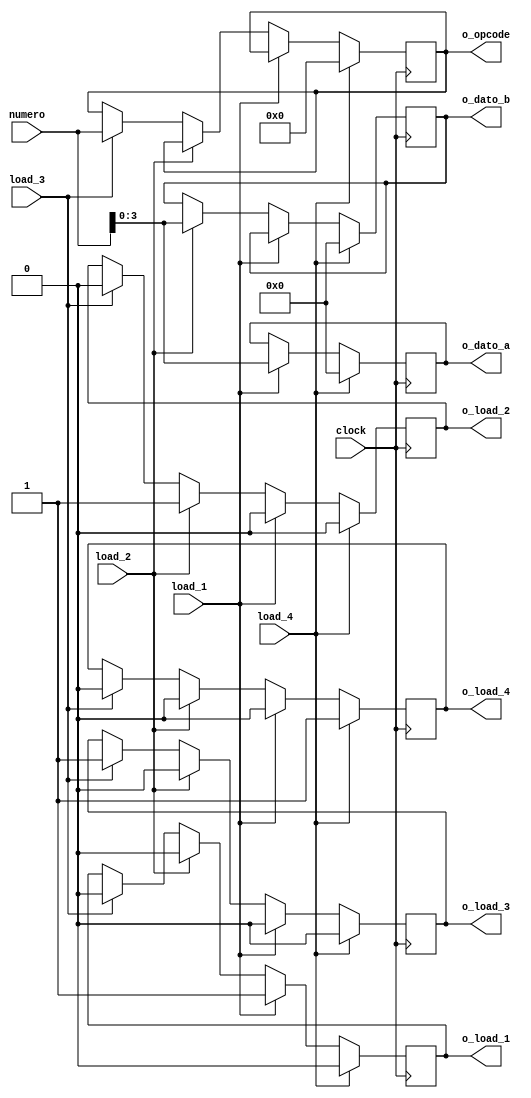
`timescale 1ns / 1ps
//////////////////////////////////////////////////////////////////////////////////
// Module Name: switches
// Project Name: TP1 ALU - Arquitectura de Computadoras
// Target Devices: Basys2/3
// Description: 
// Implementacion de una ALU basica con un testbench
// Revision 0.01 - File Created
//////////////////////////////////////////////////////////////////////////////////

module switches
    #(  parameter DATA_SIZE = 4,
        parameter OPCODE_SIZE = 6,
        parameter SWITCHES = 6
    )(
        input wire [SWITCHES-1:0] numero,
        input wire load_1, //dato a
        input wire load_2, //dato b
        input wire load_3, //opcode
        input wire load_4, //reset
        input wire clock,
        ///////////////////////////////////////////////////////////////////////////////////
        //output reg [DATA_SIZE-1:0] o_dato_a,
        //output reg [DATA_SIZE-1:0] o_dato_b,
        //output reg [OPCODE_SIZE-1:0] o_opcode,
        ///////////////////////////////////////////////////////////////////////////////////
        output wire [DATA_SIZE-1:0] o_dato_a,
        output wire [DATA_SIZE-1:0] o_dato_b,
        output wire [OPCODE_SIZE-1:0] o_opcode,
        output wire o_load_1,
        output wire o_load_2,
        output wire o_load_3,
        output wire o_load_4
    );

reg [DATA_SIZE-1:0]aux_dato_a;
reg [DATA_SIZE-1:0]aux_dato_b;
reg [OPCODE_SIZE-1:0] aux_opcode;
reg aux_load_1 = 1'b0;
reg aux_load_2 = 1'b0;
reg aux_load_3 = 1'b0;
reg aux_load_4 = 1'b0;

always @(posedge clock) begin

    if(load_4) begin
        aux_dato_a <= 4'b0;
        aux_dato_b <= 4'b0;
        aux_opcode <= 6'b0;
        
        aux_load_1 <= 1'b0;
        aux_load_2 <= 1'b0;
        aux_load_3 <= 1'b0;
        aux_load_4 <= 1'b1;
    end
    else if(load_1) begin
        //aux_dato_a = numero;
        aux_dato_a <= numero;
        aux_load_1 <= 1'b1;
        aux_load_2 <= 1'b0;
        aux_load_3 <= 1'b0;
        aux_load_4 <= 1'b0;
    end
    else if(load_2) begin
        //aux_dato_b = numero;
        aux_dato_b <= numero;
        aux_load_2 <= 1'b1;
        aux_load_1 <= 1'b0;
        aux_load_3 <= 1'b0;
        aux_load_4 <= 1'b0;
    end
    else if(load_3) begin
        //aux_opcode = numero;
        aux_opcode <= numero;
        aux_load_3 <= 1'b1;
        aux_load_1 <= 1'b0;
        aux_load_2 <= 1'b0;
        aux_load_4 <= 1'b0;
    end 
end

    assign o_load_1 = aux_load_1;
    assign o_load_2 = aux_load_2;
    assign o_load_3 = aux_load_3;
    assign o_load_4 = aux_load_4;
    assign o_dato_a = aux_dato_a;
    assign o_dato_b = aux_dato_b;
    assign o_opcode = aux_opcode;    
    
endmodule